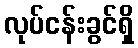
လုပ်ငန်းခွင်ရှိ